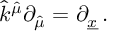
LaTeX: \hat { k } ^ { \hat { \mu } } \partial _ { \hat { \mu } } = \partial _ { \underline { { { x } } } } \, .